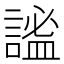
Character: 謐